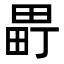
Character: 𬏈